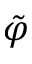
\tilde { \varphi }